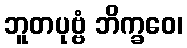
ဘူတပုဗ္ဗံ ဘိက္ခဝေ၊